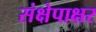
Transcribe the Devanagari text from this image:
संक्षेपाक्षर